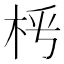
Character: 𣐰